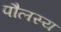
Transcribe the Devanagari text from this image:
पौलस्य